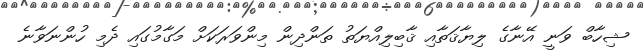
ޝިހާބް ވަނީ އޭނާގެ ލިޔާޤަތާއި ޤާބިލިއްޔަތު ތަންދިން މިންވަރަކަށް މަގާމުގައި ދެމި ހުންނަވާނެ